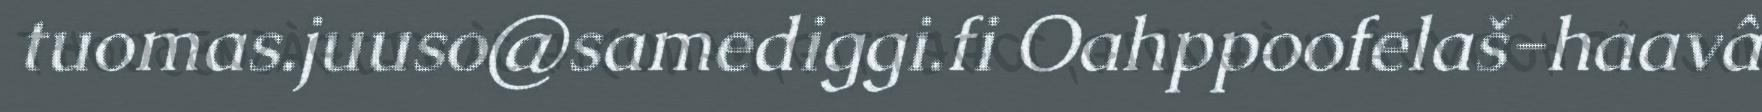
tuomas.juuso@samediggi.fi Oahppoofelaš-haavâ